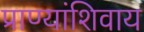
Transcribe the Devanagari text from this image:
प्राण्यांशिवाय